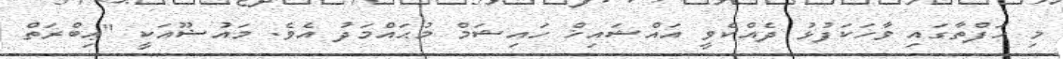
މި ހަފްތާގައި ވާހަކަފުޅު ދެއްކެވީ އައްޝައިޚް ހައިޝަމް މުޙައްމަދު އެވެ. މައުޟޫއަކީ "ޢިބްރަތް